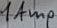
Text: 1Amp